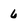
Character: 6